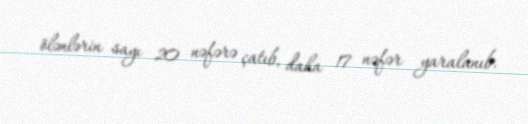
ölənlərin sayı 20 nəfərə çatıb, daha 17 nəfər yaralanıb.